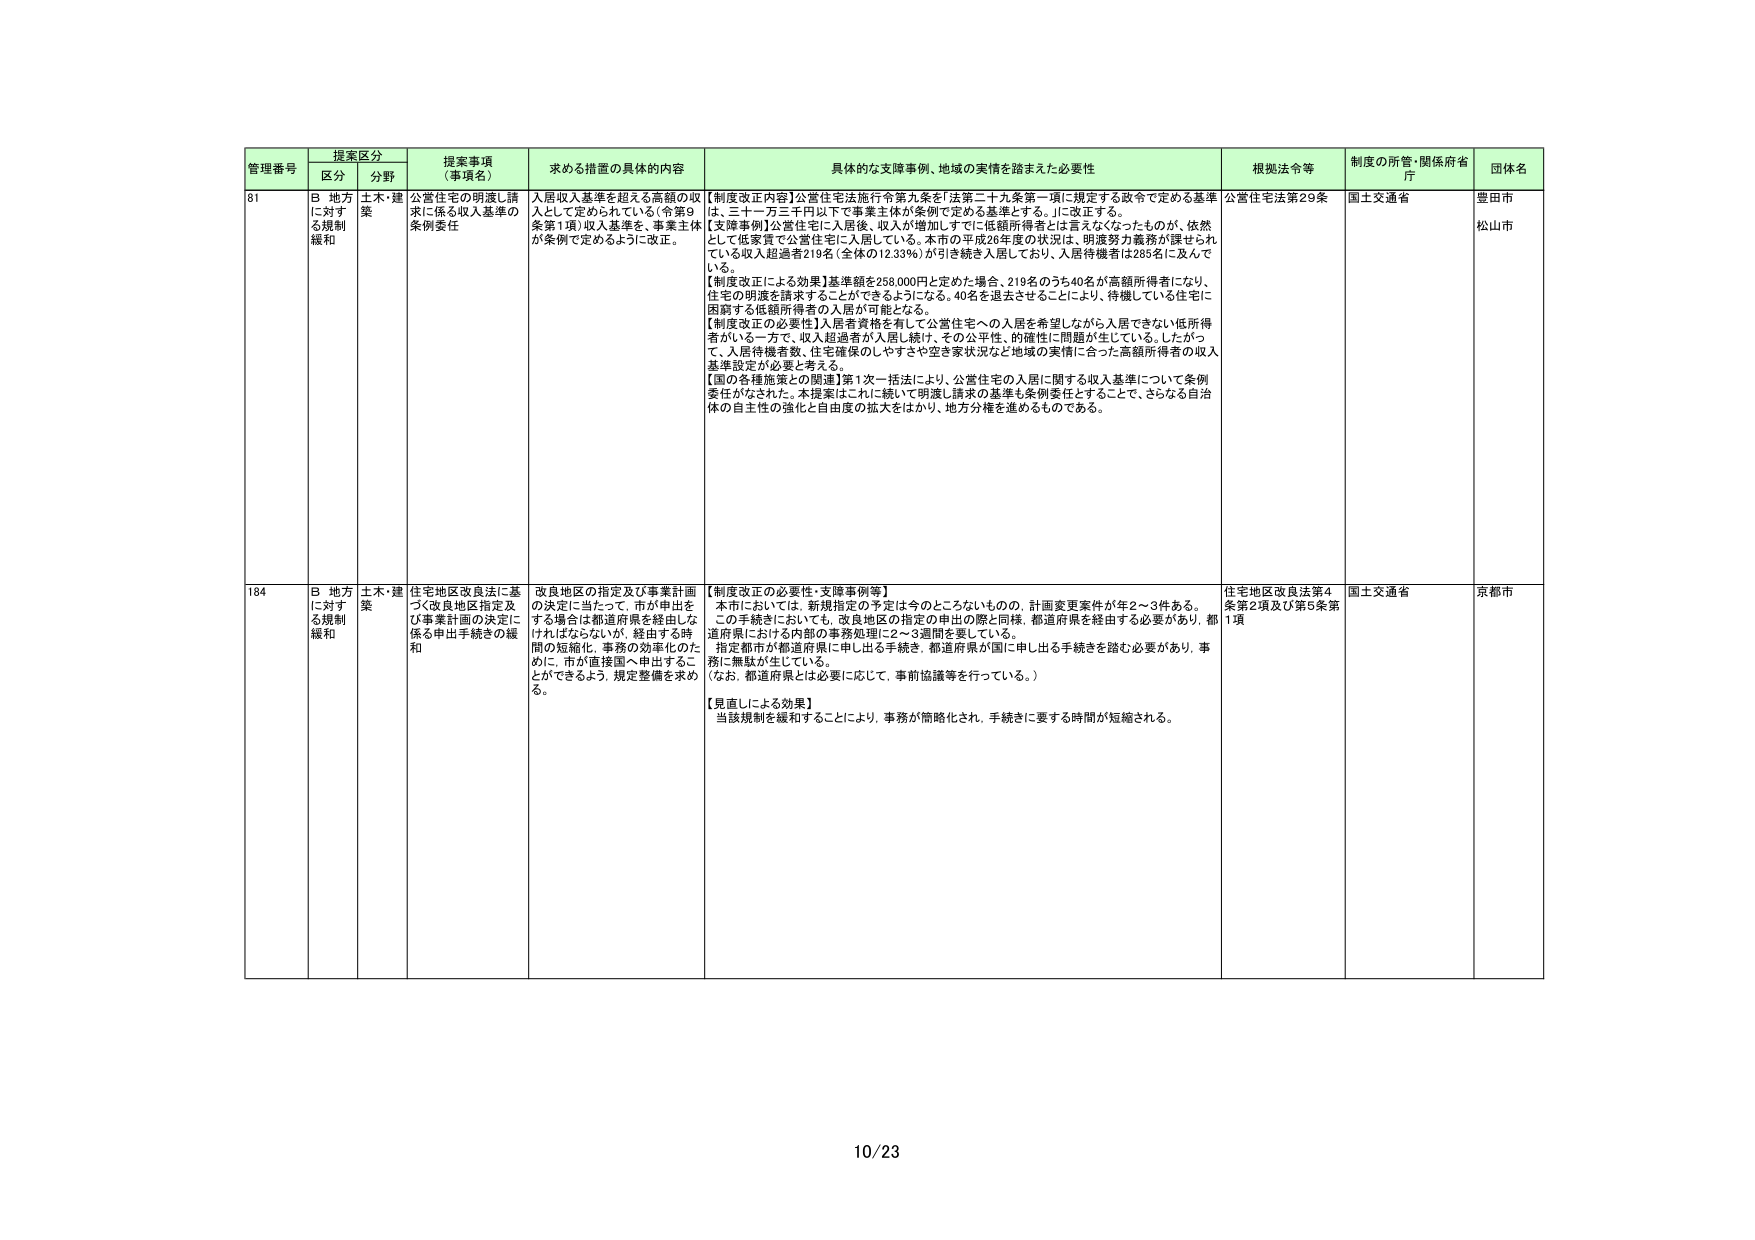
管理番号 提案区分 提案事項（事項名） 求める措置の具体的内容 具体的な支障事例、地域の実情を踏まえた必要性 根拠法令等 制度の所管・関係府省庁 団体名
区分 分野
81 B 地方に対する規制緩和 土木・建築 公営住宅の明渡し請求に係る収入基準の条例委任 入居収入基準を超える高額の収入として定められている（令第9条第1項）収入基準を、事業主体が条例で定めるように改正。 【制度改正内容】公営住宅法施行令第九条を「法第二十九条第一項に規定する政令で定める基準は、三十一万三千円以下で事業主体が条例で定める基準とする。」に改正する。 【支障事例】公営住宅に入居後、収入が増加しすでに低額所得者とは言えなくなったものが、依然として低家賃で公営住宅に入居している。本市の平成26年度の状況は、明渡努力義務が課せられている収入超過者219名（全体の12.33％）が引き続き入居しており、入居待機者は285名に及んでいる。 【制度改正による効果】基準額を258,000円と定めた場合、219名のうち40名が高額所得者になり、住宅の明渡を請求することができるようになる。40名を退去させることにより、待機している住宅に困窮する低額所得者の入居が可能となる。 【制度改正の必要性】入居者資格を有して公営住宅への入居を希望しながら入居できない低所得者がいる一方で、収入超過者が入居し続け、その公平性、的確性に問題が生じている。したがって、入居待機者数、住宅確保のしやすさや空き家状況など地域の実情に合った高額所得者の収入基準設定が必要と考える。 【国の各種施策との関連】第1次一括法により、公営住宅の入居に関する収入基準について条例委任がなされた。本提案はこれに続いて明渡し請求の基準も条例委任とすることで、さらなる自治体の自主性の強化と自由度の拡大をはかり、地方分権を進めるものである。 公営住宅法第29条 国土交通省 豊田市 松山市
184 B 地方に対する規制緩和 土木・建築 住宅地区改良法に基づく改良地区指定及び事業計画の決定に係る申出手続きの緩和 改良地区の指定及び事業計画の決定に当たって、市が申出をする場合は都道府県を経由しなければならないが、経由する時間の短縮化、事務の効率化のために、市が直接国へ申出することができるよう、規定整備を求める。 【制度改正の必要性・支障事例等】 本市においては、新規指定の予定は今のところないものの、計画変更案件が年2～3件ある。 この手続きにおいても、改良地区の指定の申出の際と同様、都道府県を経由する必要があり、都道府県における内部の事務処理に2～3週間を要している。 指定都市が都道府県に申し出る手続き、都道府県が国に申し出る手続きを踏む必要があり、事務に無駄が生じている。 （なお、都道府県とは必要に応じて、事前協議等を行っている。） 【見直しによる効果】 当該規制を緩和することにより、事務が簡略化され、手続きに要する時間が短縮される。 住宅地区改良法第4条第2項及び第5条第1項 国土交通省 京都市
10/23